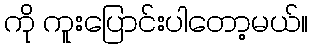
ကို ကူးပြောင်းပါတော့မယ်။